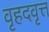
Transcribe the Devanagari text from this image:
वृहदवृत्त